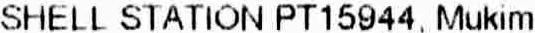
SHELL STATION PT15944, MUKIM